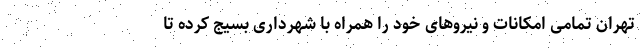
تهران تمامی امکانات و نیروهای خود را همراه با شهرداری بسیج کرده تا